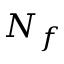
N _ { f }